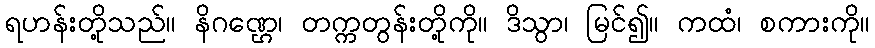
ရဟန်းတို့သည်။ နိဂဏ္ဌေ၊ တက္ကတွန်းတို့ကို။ ဒိသွာ၊ မြင်၍။ ကထံ၊ စကားကို။